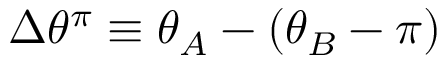
\Delta \theta ^ { \pi } \equiv \theta _ { A } - ( \theta _ { B } - \pi )